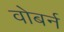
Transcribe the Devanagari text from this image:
वोबर्न